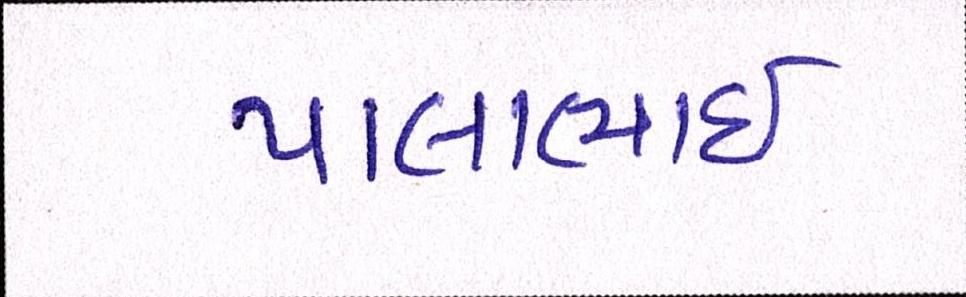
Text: પાલાભાઇ